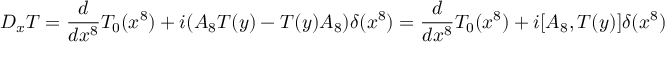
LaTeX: D _ { x } T = \frac { d } { d x ^ { 8 } } T _ { 0 } ( x ^ { 8 } ) + i ( A _ { 8 } T ( y ) - T ( y ) A _ { 8 } ) \delta ( x ^ { 8 } ) = \frac { d } { d x ^ { 8 } } T _ { 0 } ( x ^ { 8 } ) + i [ A _ { 8 } , T ( y ) ] \delta ( x ^ { 8 } )